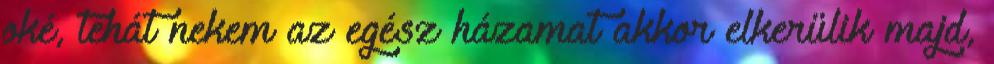
oké, tehát nekem az egész házamat akkor elkerülik majd,